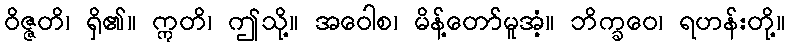
ဝိဇ္ဇတိ၊ ရှိ၏။ ဣတိ၊ ဤသို့။ အဝေါစ၊ မိန့်တော်မူအံ့။ ဘိက္ခဝေ၊ ရဟန်းတို့။